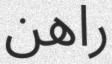
راھن